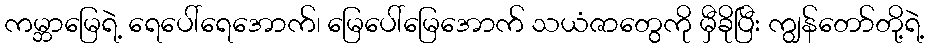
ကမ္ဘာမြေရဲ့ ရေပေါ်ရေအောက်၊ မြေပေါ်မြေအောက် သယံဇာတွေကို မှီခိုပြီး ကျွန်တော်တို့ရဲ့